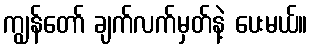
ကျွန်တော် ချက်လက်မှတ်နဲ့ ပေးမယ်။